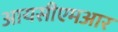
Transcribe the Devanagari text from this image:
आयसीएमआर